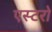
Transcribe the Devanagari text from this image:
एस्टरो